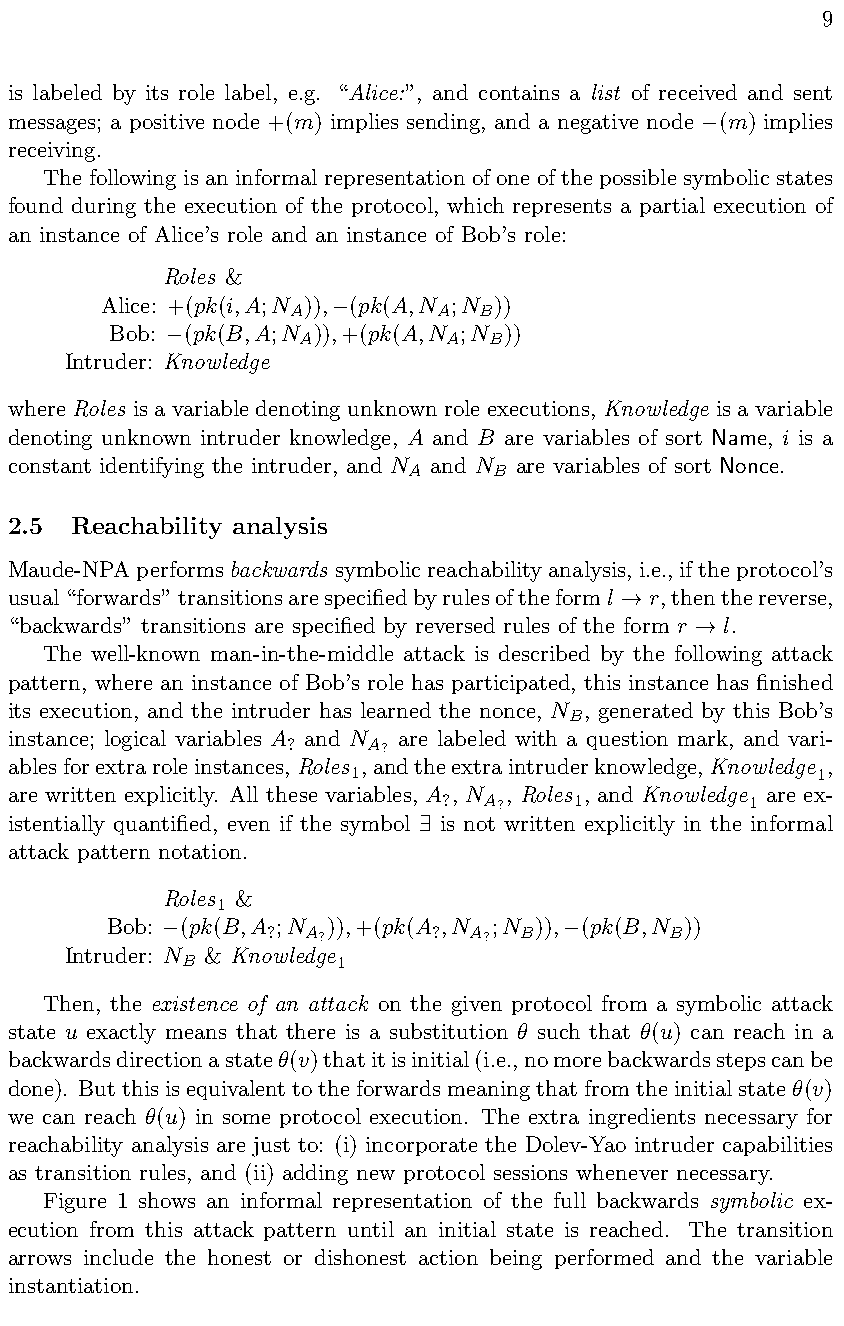
9
 is labeled by its role label, e.g. “Alice:”, and contains a list of received and sent
 messages; a positive node +(m) implies sending, and a negative node (m) implies

 receiving.
 The following is an informal representation of one of the possible symbolic states
 found during the execution of the protocol, which represents a partial execution of
 an instance of Alice’s role and an instance of Bob’s role:
 Roles &
 Alice: +(pk(i,A;N )), (pk(A,N ;N ))
 A         A  B

 Bob: (pk(B,A;N )),+(pk(A,N ;N ))
 A        A  B

 Intruder: Knowledge
 whereRoles isavariabledenotingunknownroleexecutions, Knowledge isavariable
 denoting unknown intruder knowledge, A and B are variables of sort Name, i is a
 constant identifying the intruder, and N and N are variables of sort Nonce.
 A    B
 2.5  Reachability analysis
 Maude-NPAperformsbackwards symbolicreachabilityanalysis,i.e.,iftheprotocol’s
 usual“forwards”transitionsarespecifiedbyrulesoftheforml r,thenthereverse,
 !
 “backwards” transitions are specified by reversed rules of the form r l.
 !
 The well-known man-in-the-middle attack is described by the following attack
 pattern, where an instance of Bob’s role has participated, this instance has finished
 its execution, and the intruder has learned the nonce, N , generated by this Bob’s
 B
 instance; logical variables A and N are labeled with a question mark, and vari-
 ?    A?
 ablesforextraroleinstances,Roles ,andtheextraintruderknowledge,Knowledge ,
 1                              1
 are written explicitly. All these variables, A , N , Roles , and Knowledge are ex-
 ?  A?    1          1
 istentially quantified, even if the symbol is not written explicitly in the informal
 9
 attack pattern notation.
 Roles &
 1
 Bob: (pk(B,A ;N )),+(pk(A ,N ;N )), (pk(B,N ))

 ? A?      ?  A? B

 B
 Intruder: N & Knowledge
 B         1
 Then, the existence of an attack on the given protocol from a symbolic attack
 state u exactly means that there is a substitution ✓ such that ✓(u) can reach in a
 backwardsdirectionastate✓(v)thatitisinitial(i.e.,nomorebackwardsstepscanbe
 done). Butthisisequivalenttotheforwardsmeaningthatfromtheinitialstate✓(v)
 we can reach ✓(u) in some protocol execution. The extra ingredients necessary for
 reachability analysis are just to: (i) incorporate the Dolev-Yao intruder capabilities
 as transition rules, and (ii) adding new protocol sessions whenever necessary.
 Figure 1 shows an informal representation of the full backwards symbolic ex-
 ecution from this attack pattern until an initial state is reached. The transition
 arrows include the honest or dishonest action being performed and the variable
 instantiation.